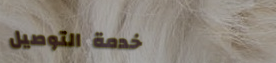
خدمة التوصيل